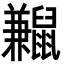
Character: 𪕼